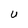
Character: S